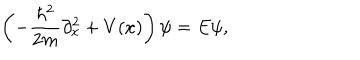
\left( - { \frac { \hbar ^ { 2 } } { 2 m } } \partial _ { x } ^ { 2 } + V ( x ) \right) \psi = E \psi ,